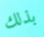
بذلك